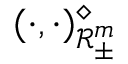
( \cdot , \cdot ) _ { \mathscr { R } _ { \pm } ^ { m } } ^ { \diamond }